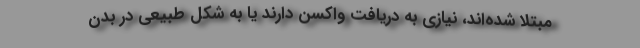
مبتلا شده‌اند، نیازی به دریافت واکسن دارند یا به شکل طبیعی در بدن